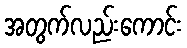
အတွက်လည်းကောင်း